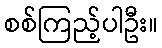
စစ်ကြည့်ပါဦး။